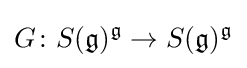
G\colon S({\mathfrak {g}})^{\mathfrak {g}}\to S({\mathfrak {g}})^{\mathfrak {g}}